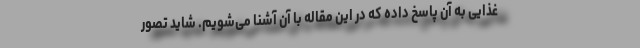
غذایی به آن پاسخ داده که در این مقاله با آن آشنا می‌شویم. شاید تصور